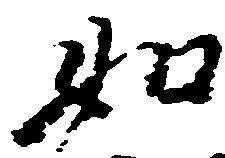
如